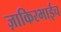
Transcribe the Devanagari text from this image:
ज़ाकिरभाईच